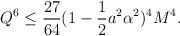
LaTeX: \begin{align*}{Q}^6 \leq \frac{27}{64}(1-\frac12a^2\alpha^2)^4M^4. \end{align*}